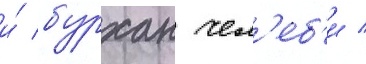
и́ бурхан чел'еб'и /